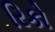
રિકો